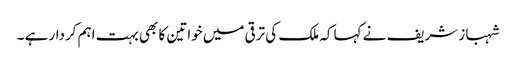
شہباز شریف نے کہا کہ ملک کی ترقی میں خواتین کا بھی بہت اہم کردار ہے ۔